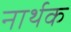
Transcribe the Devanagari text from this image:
नार्थक